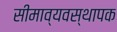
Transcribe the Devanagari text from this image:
सीमाव्यवस्थापक